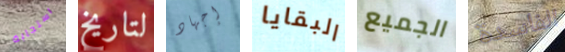
استجابة لتاريخ إجهاد البقايا الجميع الفاسدة